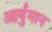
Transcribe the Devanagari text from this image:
आर्युमान